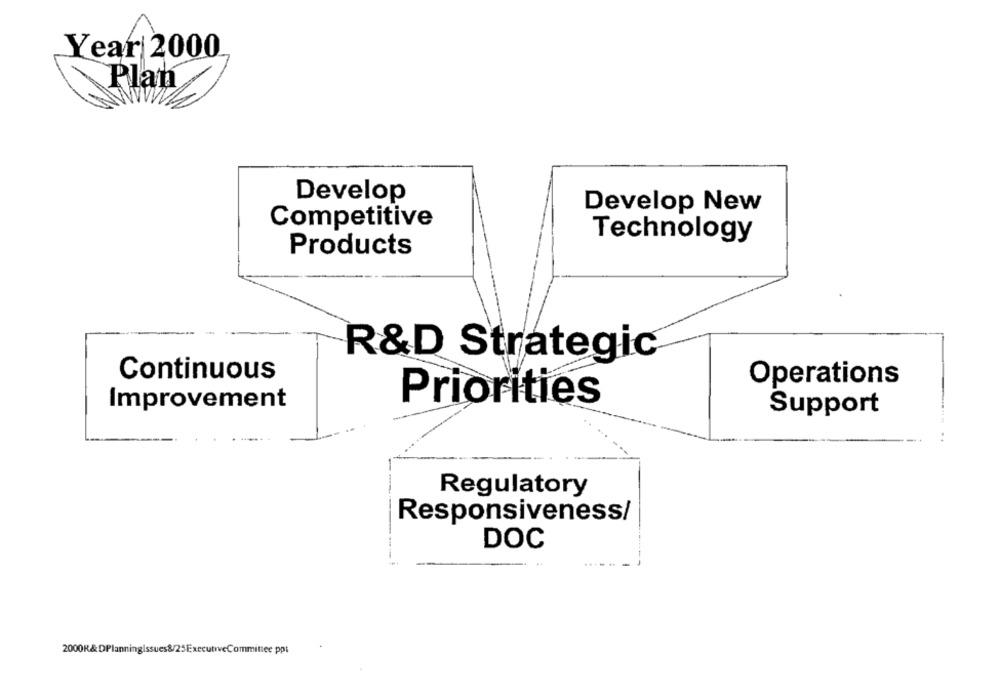
Year 2000
Plan
Develop
Develop New
Competitive
Technology
Products
R&D Strategic
Continuous
Operations
Improvement
Priorities
Support
Regulatory
Responsiveness/
DOC
2000R&DPlanningIssues&/25ExecutiveCommittee ppi